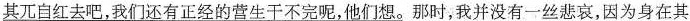
\underline{其兀自红去吧，我们还有正经的营生于不完呢，他们想}。那时，我并没有一丝悲哀，因为身在其